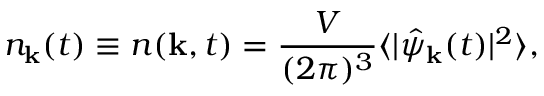
n _ { \bf k } ( t ) \equiv n ( { \bf k } , t ) = \frac { V } { ( 2 \pi ) ^ { 3 } } \langle | \hat { \psi } _ { \bf k } ( t ) | ^ { 2 } \rangle ,